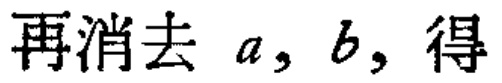
再消去 \(a, b,\) 得